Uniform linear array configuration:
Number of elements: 4
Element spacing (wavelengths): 1
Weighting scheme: hann
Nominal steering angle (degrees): -15
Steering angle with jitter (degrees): -13.298
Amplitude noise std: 0.05
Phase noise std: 0.05

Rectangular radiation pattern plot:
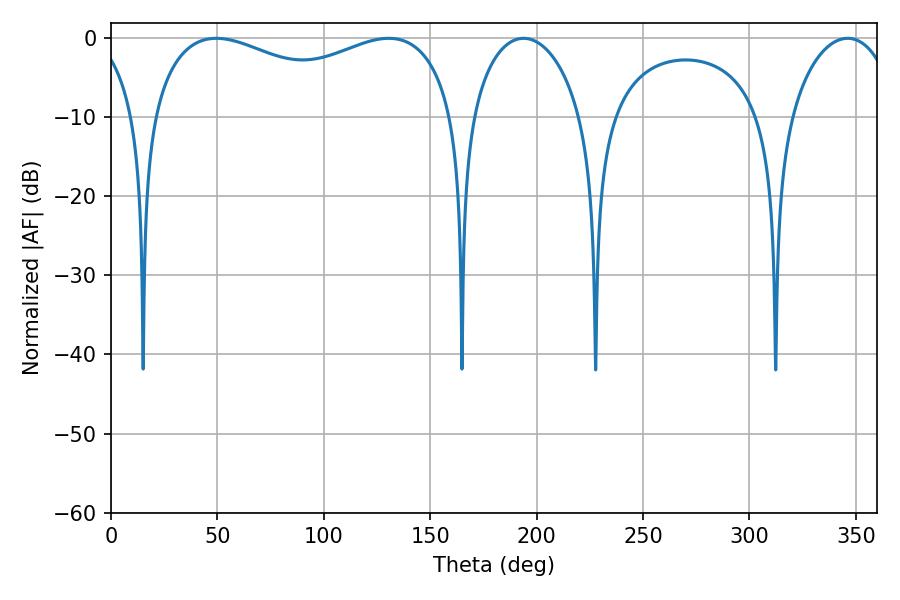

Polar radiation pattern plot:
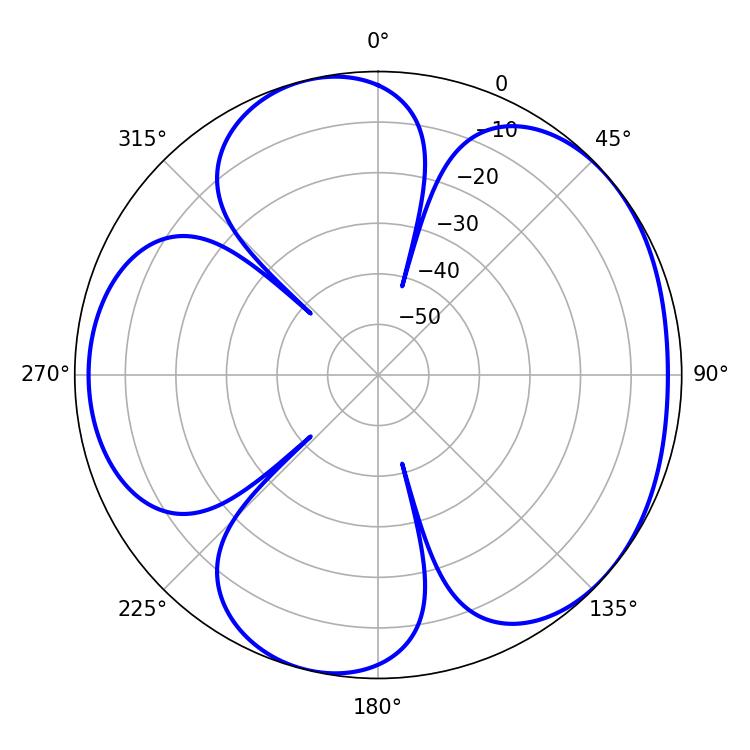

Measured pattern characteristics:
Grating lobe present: TRUE
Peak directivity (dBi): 4.777
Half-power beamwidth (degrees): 29.7
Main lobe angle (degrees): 193.86